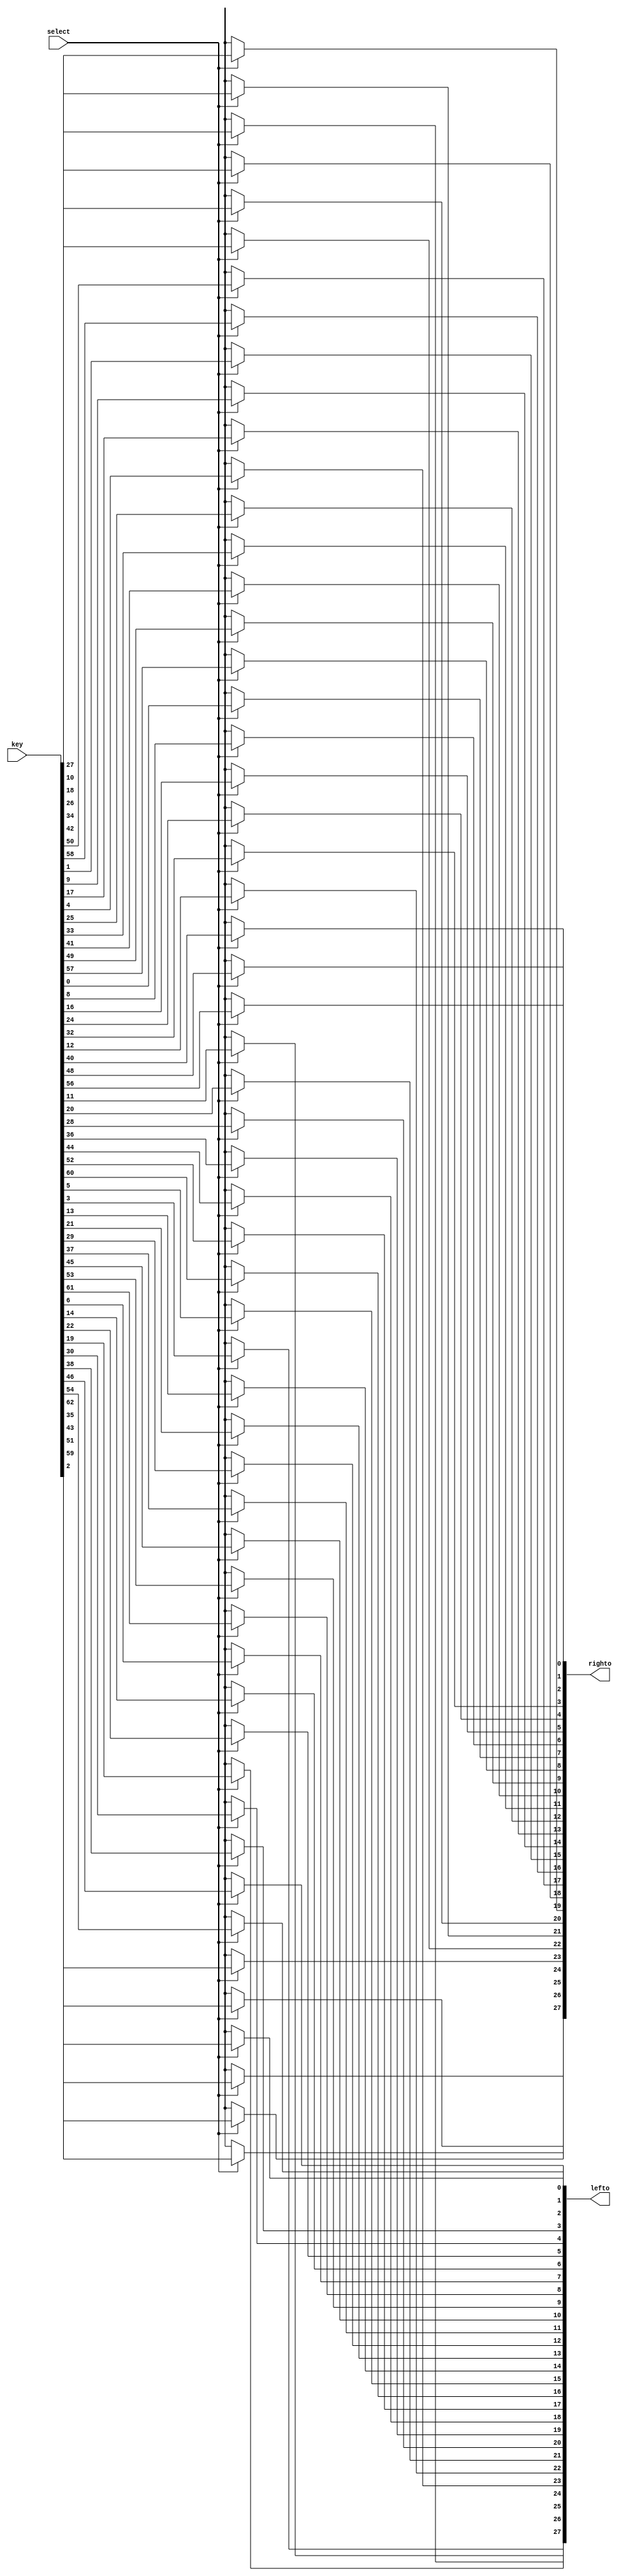
module key_Processor(
	select,
	lefto,
	righto,
	key
    );
	 input select;
	 output [28:1] lefto;
	 output [28:1] righto;
	 wire select;
	 //wire [28:1] lefto; 
	 //wire [28:1] righto;
	 reg [56:1] output_permutation;
	 input [64:1] key;

	assign  righto= output_permutation[28:1];
	assign lefto = output_permutation[56:29];
	
	always@(select or key)
	begin
		if(select == 1)
		begin
									 output_permutation[1] <= key[57];
									 output_permutation[2] <= key[49];
									 output_permutation[3] <= key[41];
									 output_permutation[4] <= key[33];
									 output_permutation[5] <= key[25];
									 output_permutation[6] <= key[17];
									 output_permutation[7] <= key[9];
									 output_permutation[8] <= key[1];
									 output_permutation[9] <= key[58];
									 output_permutation[10] <= key[50];
									 output_permutation[11] <= key[42];
									 output_permutation[12] <= key[34];
									 output_permutation[13] <= key[26];
									 output_permutation[14] <= key[18];
									 output_permutation[15] <= key[10];
									 output_permutation[16] <= key[2];
									 output_permutation[17] <= key[59];
									 output_permutation[18] <= key[51];
									 output_permutation[19] <= key[43];
									 output_permutation[20] <= key[35];
									 output_permutation[21] <= key[27];
									 output_permutation[22] <= key[19];
									 output_permutation[23] <= key[11];
									 output_permutation[24] <= key[3];
									 output_permutation[25] <= key[60];
									 output_permutation[26] <= key[52];
									 output_permutation[27] <= key[44];
									 output_permutation[28] <= key[36];
									 output_permutation[29] <= key[63];
									 output_permutation[30] <= key[55];
									 output_permutation[31] <= key[47];
									 output_permutation[32] <= key[39];
									 output_permutation[33] <= key[31];
									 output_permutation[34] <= key[23];
									 output_permutation[35] <= key[15];
									 output_permutation[36] <= key[7];
									 output_permutation[37] <= key[62];
									 output_permutation[38] <= key[54];
									 output_permutation[39] <= key[46];
									 output_permutation[40] <= key[38];
									 output_permutation[41] <= key[30];
									 output_permutation[42] <= key[22];
									 output_permutation[43] <= key[14];
									 output_permutation[44] <= key[6];
									 output_permutation[45] <= key[61];
									 output_permutation[46] <= key[53];
									 output_permutation[47] <= key[45];
									 output_permutation[48] <= key[37];
									 output_permutation[49] <= key[29];
									 output_permutation[50] <= key[21];
									 output_permutation[51] <= key[13];
									 output_permutation[52] <= key[5];
									 output_permutation[53] <= key[28];
									 output_permutation[54] <= key[20];
									 output_permutation[55] <= key[12];
									 output_permutation[56] <= key[4];
		end
		else
			begin
				 output_permutation <= 64'bx;
			end
	
	end
	

endmodule